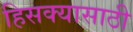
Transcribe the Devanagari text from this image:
हिसक्यासाठी